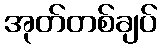
အုတ်တစ်ချပ်